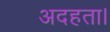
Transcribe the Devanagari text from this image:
अदहता।